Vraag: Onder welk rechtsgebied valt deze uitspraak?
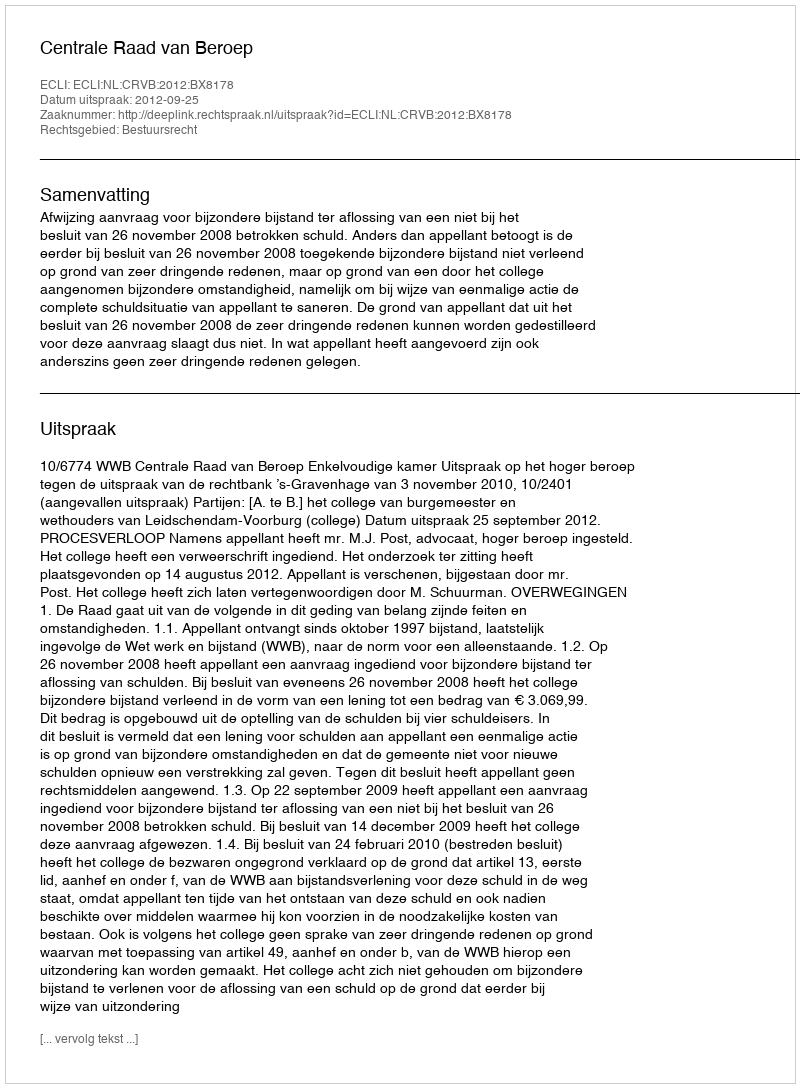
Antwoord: Bestuursrecht